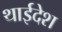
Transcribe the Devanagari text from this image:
थाईदेश